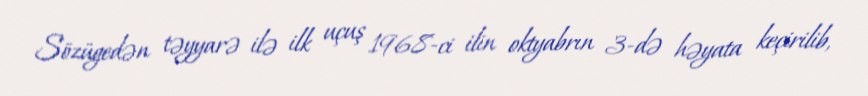
Sözügedən təyyarə ilə ilk uçuş 1968-ci ilin oktyabrın 3-də həyata keçirilib,